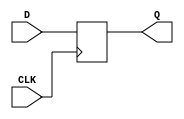
//Verilog
//D
module DFF1(CLK,D,Q);
	output Q;
	input CLK,D;
	reg Q;
	/*1.CLKposedge CLKnegsedge CLK
	  2.posedge CLKCLK
	    
	  3.Verilog
	    
	*/
	always @( posedge CLK )
		Q <= D;	//CLKDQ
endmodule